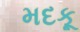
મદકૂ